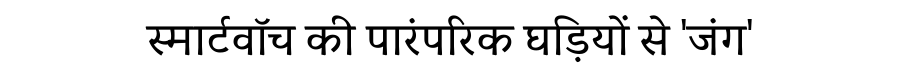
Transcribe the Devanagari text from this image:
स्मार्टवॉच की पारंपरिक घड़ियों से 'जंग'